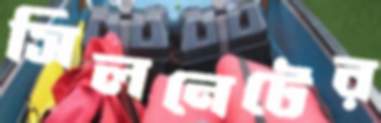
সিলনেটের